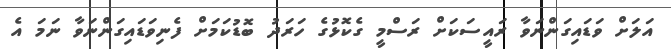
އަލަށް ވަޑައިގަންނަވާ ރައީސަކަށް ރަސްމީ ގެކޮޅުގެ ހަރަދު ބޮޑުކަމަށް ފެނިވަޑައިގަންނަވާ ނަމަ އެ